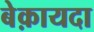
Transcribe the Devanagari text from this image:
बेक़ायदा